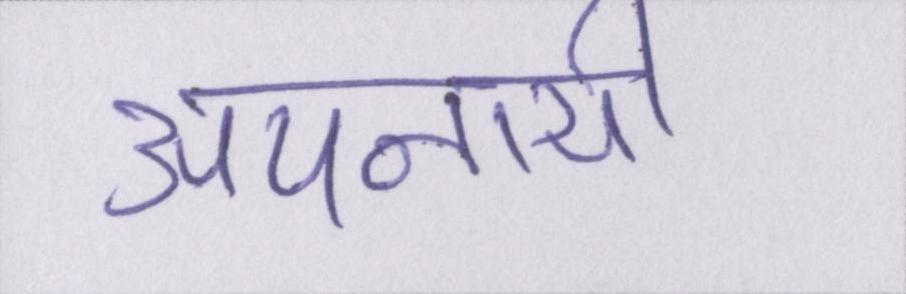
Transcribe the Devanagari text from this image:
अपनायी